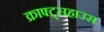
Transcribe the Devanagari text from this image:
क्राफ्ट्सहाउस